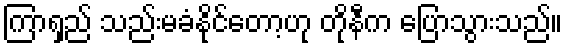
ကြာရှည် သည်းမခံနိုင်တော့ဟု တိုနီက ပြောသွားသည်။